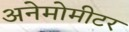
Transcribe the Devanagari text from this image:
अनेमोमीटर